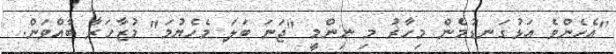
"އެހެންވެ އަޅުގަނޑުމެން މިހާރު މި ނިންމީ "ޖަނަ ބަލަ މެހެޔުމަ" މުޒާހަރާ ބާއްވަން.